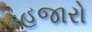
હજારો